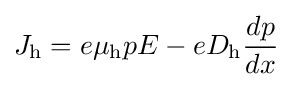
J_{\text{h}}=e\mu _{\text{h}}pE-eD_{\text{h}}{\frac {dp}{dx}}